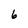
Character: 6